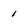
Character: 1